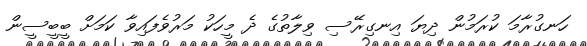
ހަނގުރާމަ ކުރަމުން ދިޔަ އިނގިރޭސި ވިލާތުގެ ދެ މީހަކު މަރުވެފައިވާ ކަމަށް ބީބީސީން